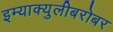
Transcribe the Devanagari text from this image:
इम्‍याक्‍युलीबरोबर